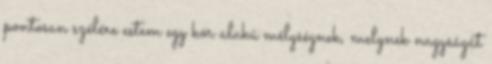
pontosan szélére estem egy kör alakú mélységnek, melynek nagyságát